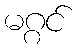
မဂ္ဂင်